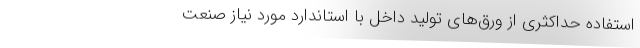
استفاده حداکثری از ورق‌های تولید داخل با استاندارد مورد نیاز صنعت